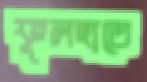
ফুলহাতে